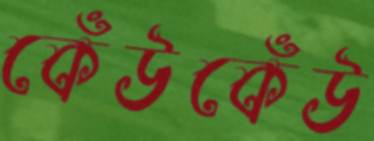
কেঁউকেঁউ